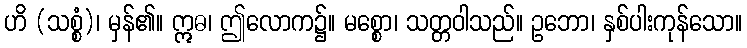
ဟိ (သစ္စံ)၊ မှန်၏။ ဣဓ၊ ဤလောက၌။ မစ္စော၊ သတ္တဝါသည်။ ဥဘော၊ နှစ်ပါးကုန်သော။